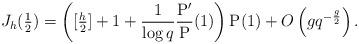
LaTeX: \begin{align*}J_{h}(\tfrac{1}2) = \left([\tfrac{h}2]+1+\frac{1}{\log q} \frac{{\rm P}'}{\rm P}(1)\right) {\rm P}(1) + O\left(g q^{-\frac{g}2}\right).\end{align*}